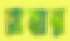
রাবার